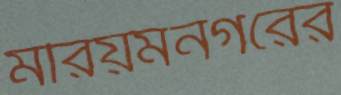
মরিয়মনগরের